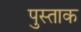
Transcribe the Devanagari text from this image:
पुस्ताक